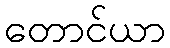
တောင်ယာ